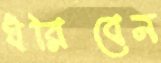
ধরিবেন